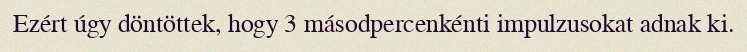
Ezért úgy döntöttek, hogy 3 másodpercenkénti impulzusokat adnak ki.